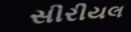
સીરીયલ